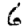
Digit: 6